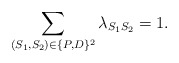
\begin{align*} \sum_{(S_1,S_2) \in \{P,D\}^2}\lambda_{S_1S_2} = 1. \end{align*}